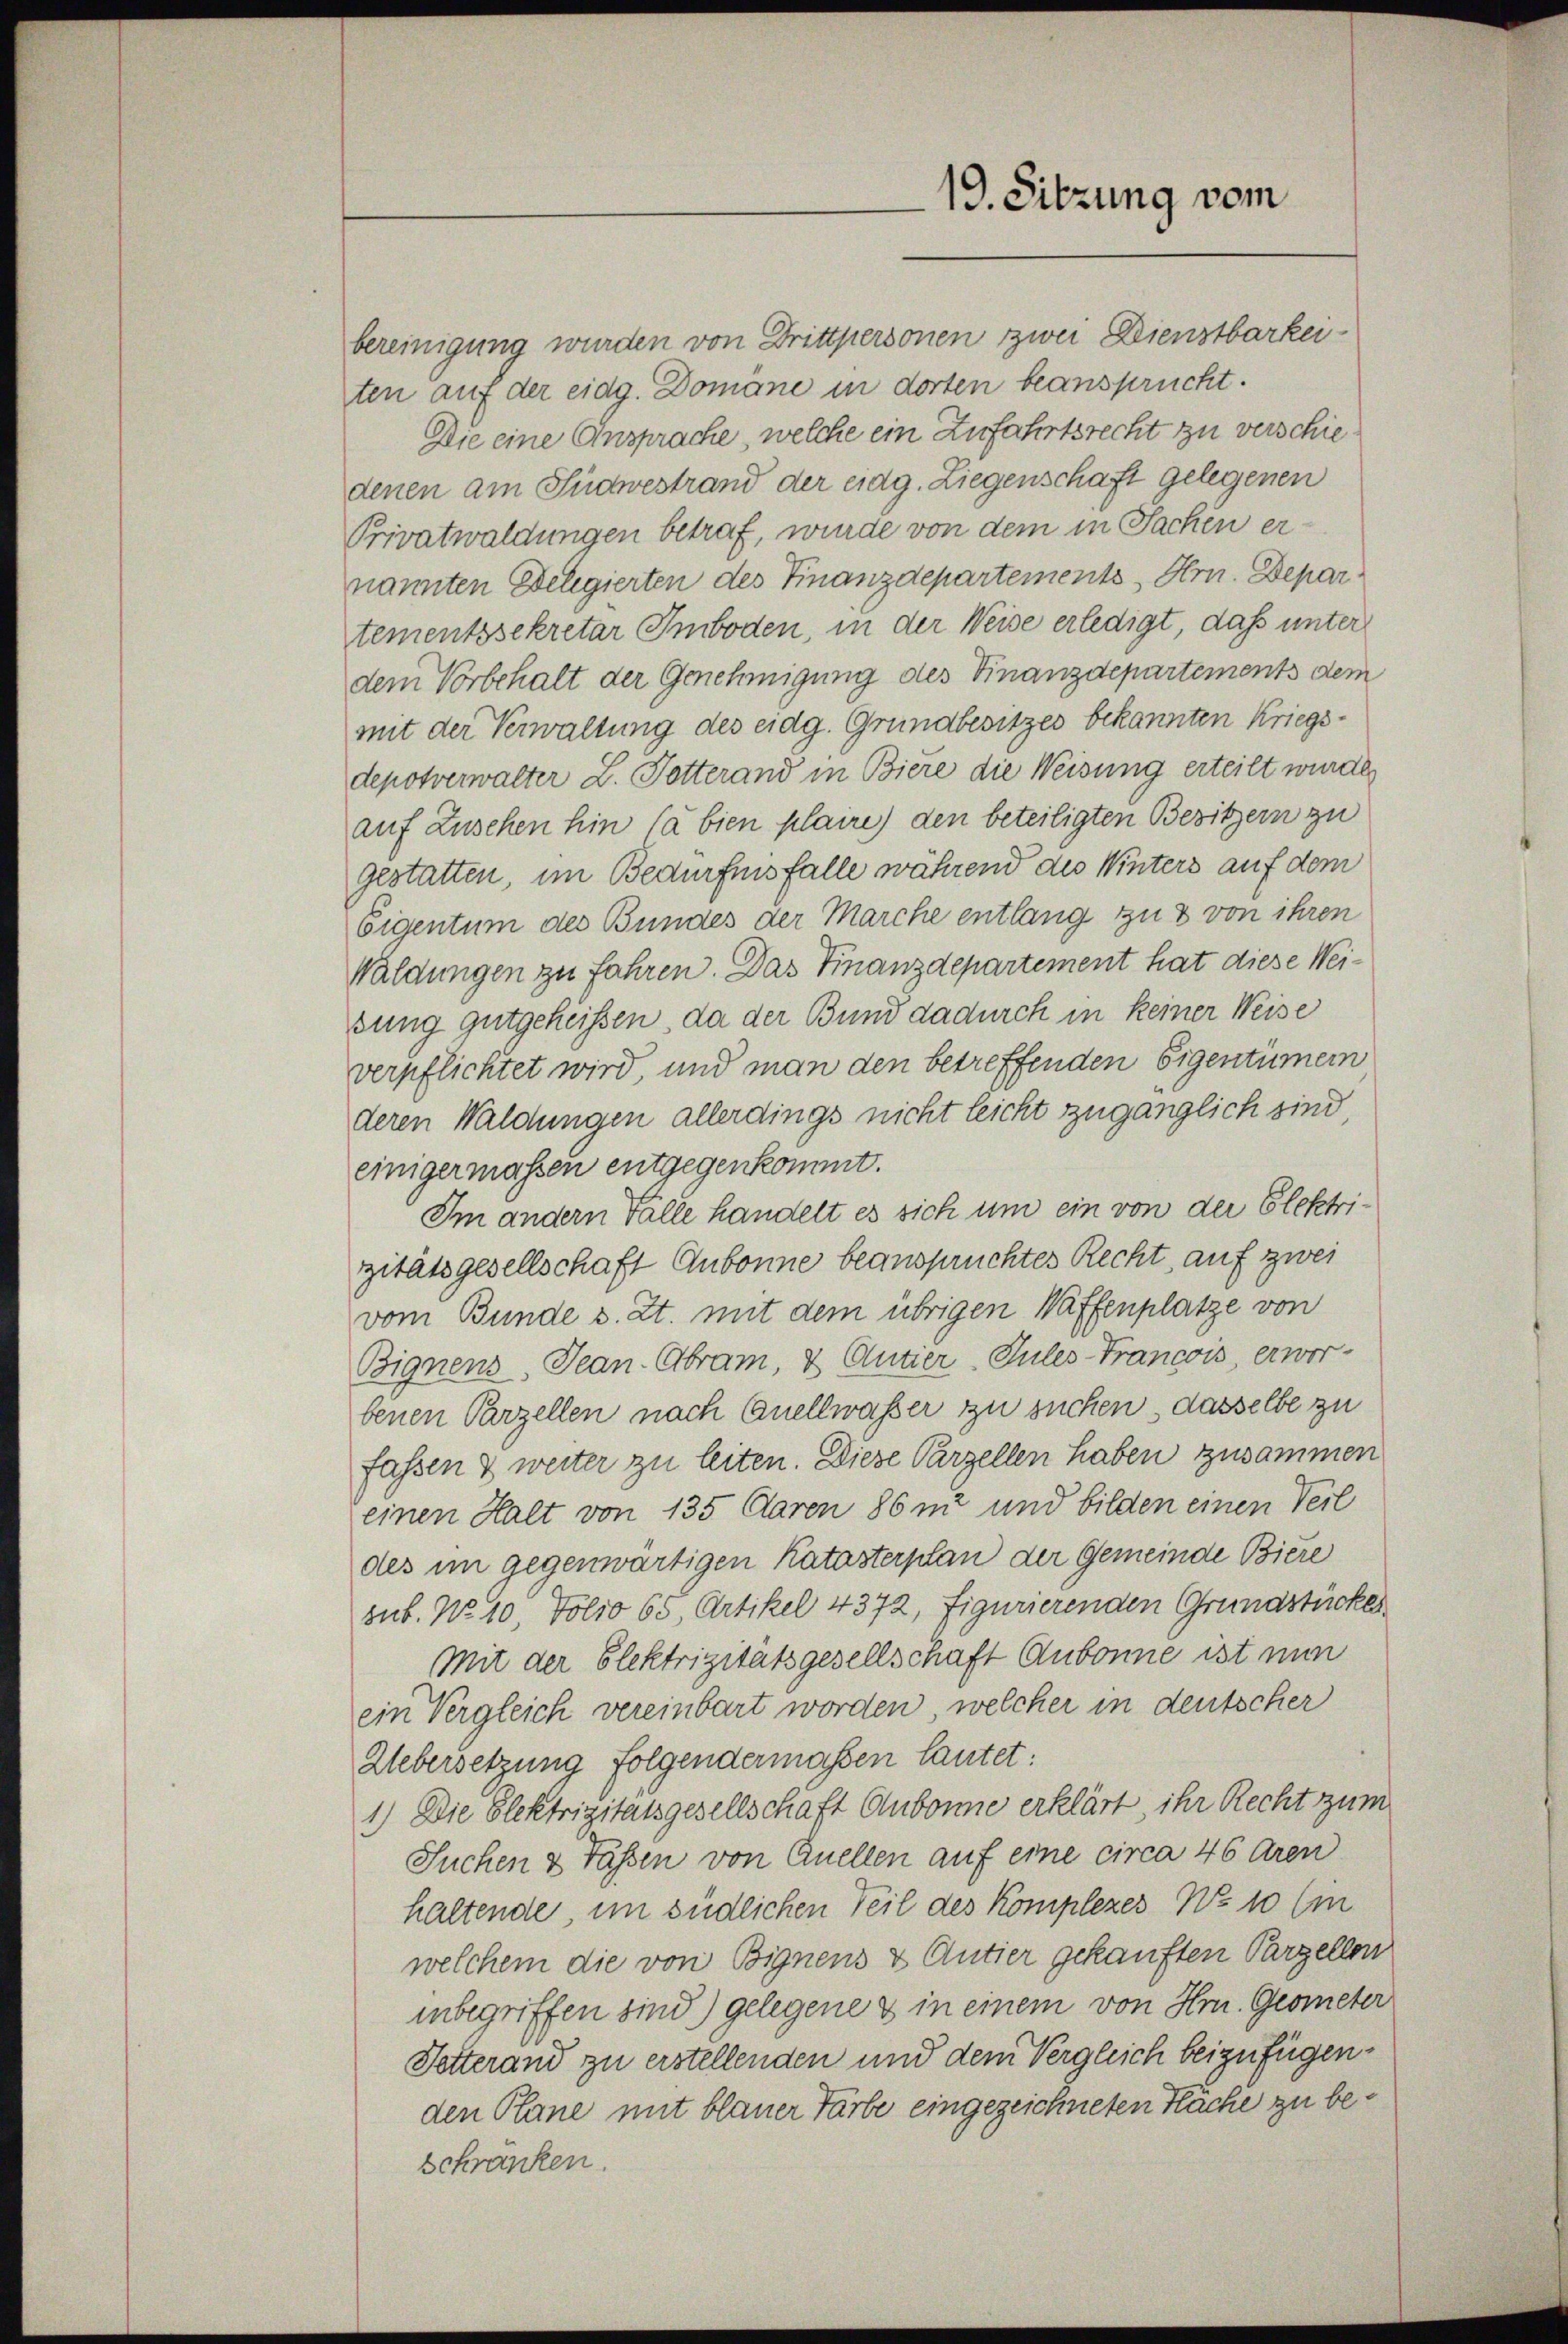
19. Sitzung vom

bereinigung wurden von Drittpersonen zwei Dienstbarkeiten auf der eidg. Domane in dorten beansprucht.
Die eine Ansprache, welche ein Zufahrtsrecht zu verschiedenen am Südwestrand der eidg. Liegenschaft gelegenen
Privatwaldungen betraf, wurde von dem in Sachen ernannten Delegierten des Finanzdepartements, Hrn. Departementssekretar Emboden, in der Weise erledigt, daß unter
dem Vorbehalt der Genehmigung des Finanzdepartements dem
mit der Verwaltung des eidg. Grundbesitzes bekannten Kriegsdepotverwalter L. Potterand in Biere die Weisung erteilt wurde,
auf Zuschen hin (à bien plaire) den beteiligten Besitzern zu
gestatten, im Bedürfnis falle während des Winters auf dem
Eigentum des Bundes der Marche entlang zu 8 von ihren
Waldungen zu fahren. Das Finanzdepartement hat diese Weisung gutgeheißen, da der Bund dadurch in keiner Weise
verpflichtet wird, und man den betreffenden Eigentümer
deren Waldungen allerdings nicht leicht zugänglich sind
einigermassen entgegenkommt.
Im andern Fälle handelt es sich um ein von der Elektrizitätsgesellschaft Aubonne beansprüchtes Recht, auf zwei
vom Bunde s. Zt. mit dem übrigen Waffenplatze von
Bignens. Jean Abram, & Autier-Sules-Francois, erworbenen Parzellen nach Quellwasser zu suchen, dasselbe zu
fassen & weiter zu leiten. Diese Parzellen haben zusammen
einen Halt von 135 Aaren 86 mi und bilden einen Teil
des im gegenwärtigen Katasterplan der Gemeinde Biere
sub. No 10. Folio 65, Artikel 4372, figurierenden Grundstückes
Mit der Elektrizitätsgesellschaft Aubonne ist nun
ein Vergleich vereinbart worden, welcher in deutscher
Uebersetzung folgendermassen lautet:
1.) Die Elektrizitätsgesellschaft Aubonne erklärt ihr Recht zum
Suchen & Tassen von Quellen auf eine circa 46 Aren
haltende, im südlichen Teil des Komplexes No. 10 (m
welchem die von Bignens & Antier gekauften Parzellen
inbegriffen sind) gelegene & in einem von Hr. Geometer
Setterand zu erstellenden und dem Vergleich beizufügenden Plane mit blauer Farbe eingezeichneten Fäche zu beschranken.